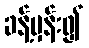
ခန့်မှန်း၍